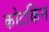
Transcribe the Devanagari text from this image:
कोटकिन